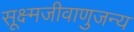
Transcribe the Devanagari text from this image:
सूक्ष्मजीवाणुजन्य